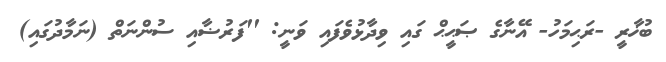
ބުޚާރީ -ރަޙިމަހު- އޭނާގެ ޞަޙީޙް ގައި ވިދާޅުވެފައި ވަނީ: ''ފަރުޟާއި ސުންނަތް (ނަމާދުގައި)